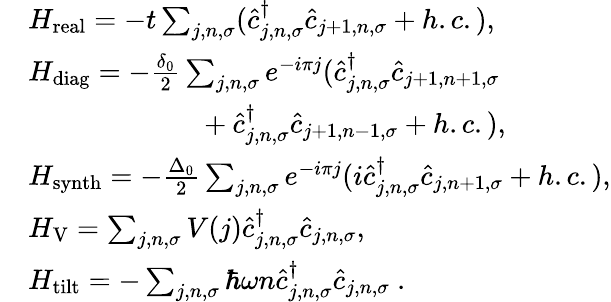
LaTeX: \begin{array}{rl}&{H_{\mathrm{{real}}}=-t\sum_{j,n,\sigma}(\hat{c}_{j,n,\sigma}^{\dagger}\hat{c}_{j+1,n,\sigma}+h.c.),}\\ &{H_{\mathrm{diag}}=-\frac{\delta_{0}}{2}\sum_{j,n,\sigma}e^{-i\pi j}(\hat{c}_{j,n,\sigma}^{\dagger}\hat{c}_{j+1,n+1,\sigma}}\\ &{~~~~~~~~~~~~~~~~~~~~~~~~+\hat{c}_{j,n,\sigma}^{\dagger}\hat{c}_{j+1,n-1,\sigma}+h.c.),}\\ &{H_{\mathrm{{synth}}}=-\frac{\Delta_{0}}{2}\sum_{j,n,\sigma}e^{-i\pi j}(i\hat{c}_{j,n,\sigma}^{\dagger}\hat{c}_{j,n+1,\sigma}+h.c.),}\\ &{H_{\mathrm{V}}=\sum_{j,n,\sigma}V(j)\hat{c}_{j,n,\sigma}^{\dagger}\hat{c}_{j,n,\sigma},}\\ &{H_{\mathrm{{tilt}}}=-\sum_{j,n,\sigma}\hbar\omega n\hat{c}_{j,n,\sigma}^{\dagger}\hat{c}_{j,n,\sigma}~.}\end{array}